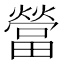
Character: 𰟯